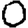
Digit: 0